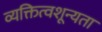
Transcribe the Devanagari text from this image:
व्यक्तित्वशून्यता